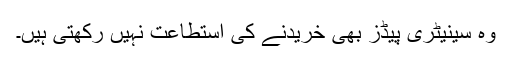
وہ سینیٹری پیڈز بھی خریدنے کی استطاعت نہیں رکھتی ہیں۔